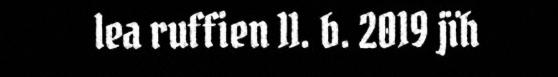
lea ruffien 11. b. 2019 jïh